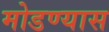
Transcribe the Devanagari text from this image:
मोडण्यास